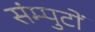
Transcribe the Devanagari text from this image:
संम्पुटों